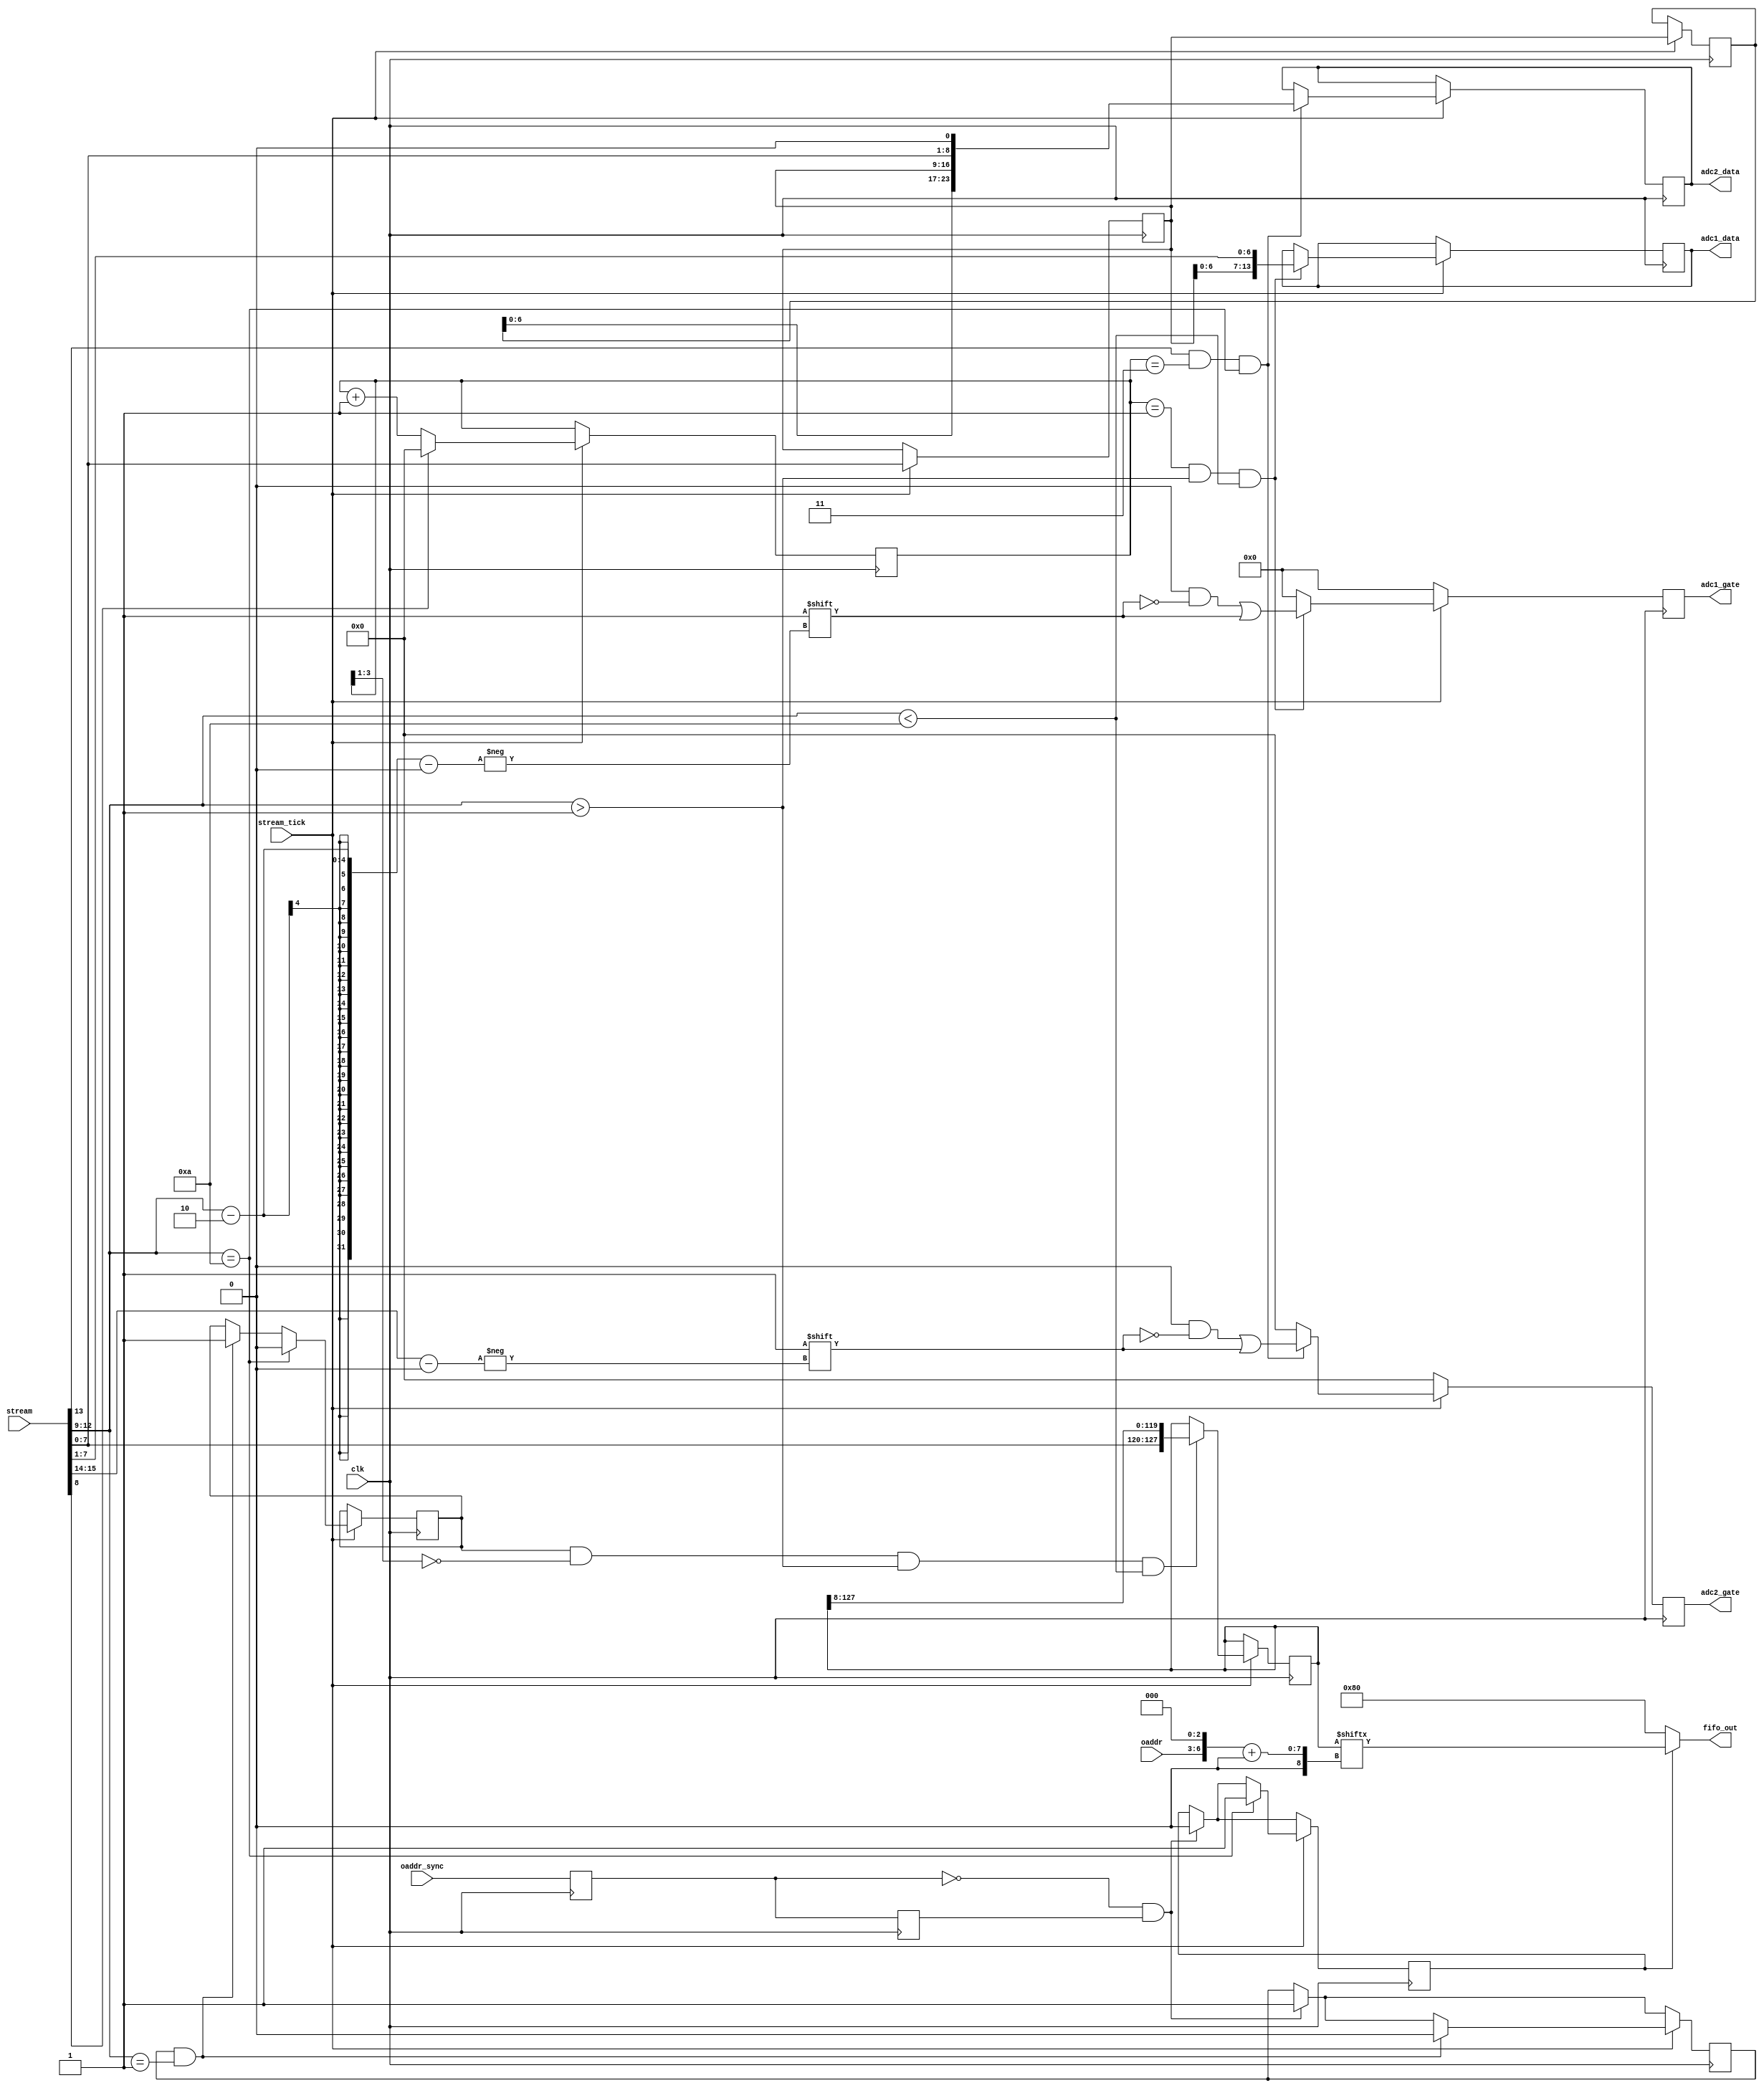
`timescale 1ns / 1ns

module sporta_demux(
	input clk,  // timespec 8.0 ns
	input [15:0] stream,
	input stream_tick,

	output reg [13:0] adc1_data,
	output reg [7:0] adc1_gate,

	output reg [23:0] adc2_data,
	output reg [3:0] adc2_gate,

	input oaddr_sync, // wire to haddr[7]: falling edge triggers FIFO reload
	input [3:0] oaddr,
	output [7:0] fifo_out
);

// This Verilog module parallels mode5x.c
wire [7:0] d   = stream[7:0];
wire       c3z = stream[8];
wire [3:0] c4  = stream[12:9];
wire       c5z = stream[13];
wire [1:0] c6  = stream[15:14];

reg [3:0] c3=0;
reg [7:0] lastd1=0, lastd2=0;
always @(posedge clk) begin
	adc1_gate <= 0;
	adc2_gate <= 0;
	if (stream_tick) begin
		c3 <= c3z ? 0 : c3+1;
		lastd1 <= d;
		lastd2 <= lastd1;
		if ((c3==1) & (c4>1) & (c4<10)) begin
			adc1_data <= {lastd1[6:0],d[7:1]};
			adc1_gate[c4-2] <= 1;
		end
		if (c5z & (c3==3) & (c4==10)) begin
			adc2_data <= {lastd2[6:0],lastd1,d,1'b0};
			adc2_gate[c6] <= 1;
		end
	end
end

// FIFO to send to USB clock domain
// Ideas and code structure adapted from slow_snap2.v
reg trig1=0, trig2=0, fifo_arm=0, fifo_op=0, fifo_ok=0;
reg [127:0] shifter=0;  // intended to synthesize to 8 x SRL16E
always @(posedge clk) begin
	trig1 <= oaddr_sync;
	trig2 <= trig1;
	if (~trig1 & trig2) begin // falling edge
		fifo_arm <= 1;
		fifo_ok <= 0;
	end
	if (stream_tick) begin
		if (fifo_arm & (c4==1)) begin
			fifo_arm <= 0;
			fifo_op <= 1;
		end
		if (fifo_op & (c3[3:1]==0) & (c4>1) & (c4<10)) begin
			shifter <= {d,shifter[127:8]};
		end
		if (c4==10) begin
			fifo_op <= 0;
			fifo_ok <= 1;
		end
	end
end
wire [7:0] slow_data = shifter[{oaddr,3'b0}+:8];
assign fifo_out = fifo_ok ? slow_data : 8'h80;

endmodule